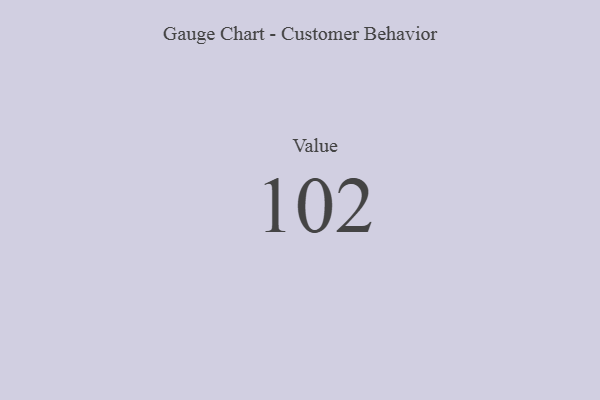
{"axis": {"x": "Metric", "y": "Value"}, "legend": [""], "data": [{"x": "Value", "y": 102, "type": ""}]}